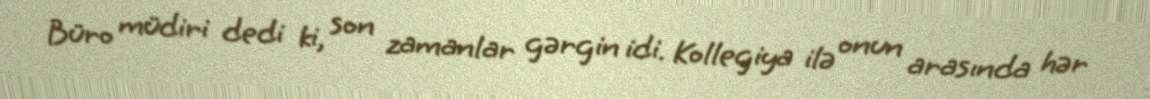
Büro müdiri dedi ki, son zamanlar gərgin idi. Kollegiya ilə onun arasında hər